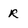
Character: r